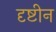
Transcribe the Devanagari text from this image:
दृष्टीन